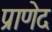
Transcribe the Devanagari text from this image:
प्राणेद